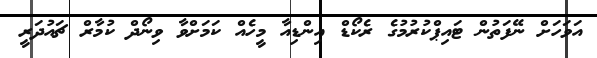
އަވަހަށް ނޭފަތުން ޓައިޕްކުރުމުގެ ރެކޯޑް އިންޑިއާ މީހެއް ކަމަށްވާ ވިނޯދް ކުމާރް ޗައުދަރީ